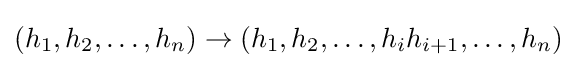
(h_{1},h_{2},\ldots ,h_{n})\to (h_{1},h_{2},\ldots ,h_{i}h_{i+1},\ldots ,h_{n})